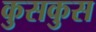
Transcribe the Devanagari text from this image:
कुसकुस